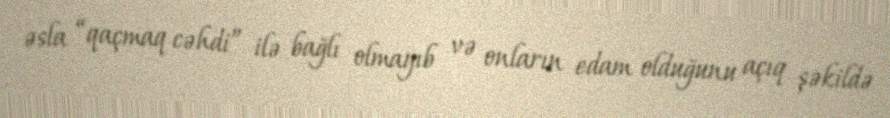
əsla “qaçmaq cəhdi” ilə bağlı olmayıb və onların edam olduğunu açıq şəkildə